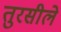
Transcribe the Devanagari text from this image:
तुरसीले